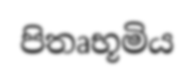
පිතෘභූමිය